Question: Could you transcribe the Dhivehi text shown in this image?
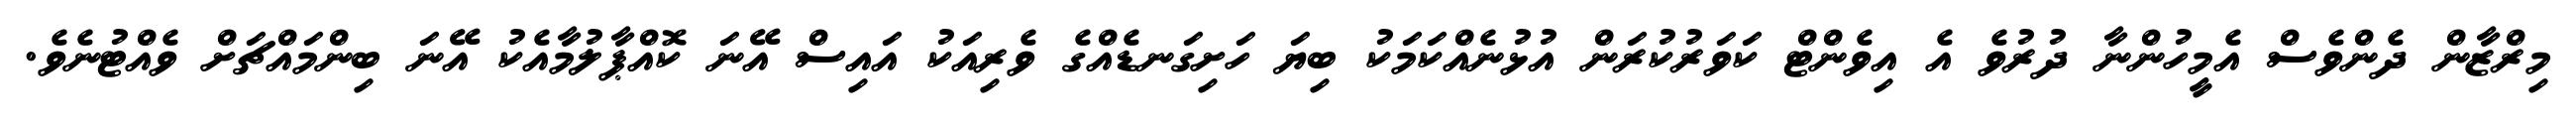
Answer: މިރްޒާން ދެންވެސް އެމީހުންނާ ދުރުވެ އެ އިވެންޓް ކަވަރުކުރަން އުޅުނެއްކަމަކު ބިޔަ ހަށިގަނޑެއްގެ ވެރިއަކު އައިސް އޭނަ ކޮއްޕާލުމާއެކު އޭނަ ބިންމައްޗަށް ވެއްޓުނެވެ.